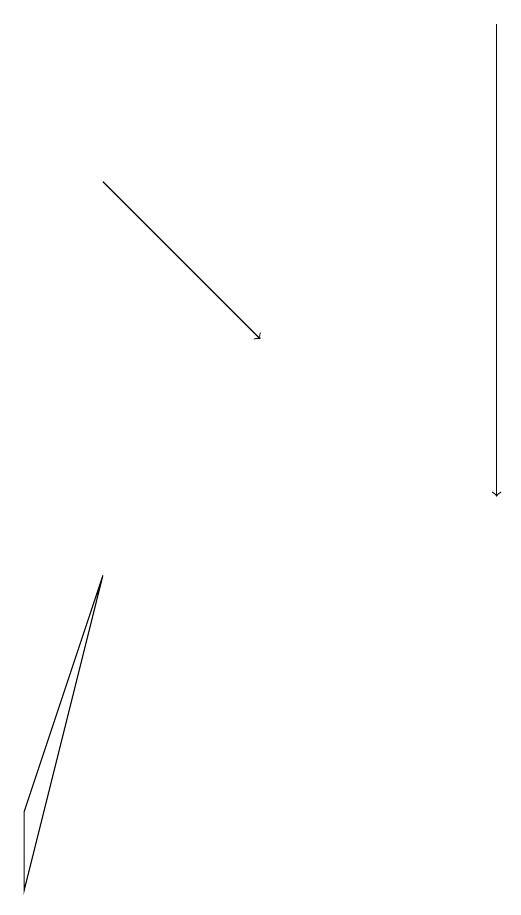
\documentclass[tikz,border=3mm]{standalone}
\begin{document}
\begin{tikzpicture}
\draw[->] (6,16) -- (6,10);
\draw (0,6) -- (1,9) -- (0,5) -- cycle;
\draw[->] (1,14) -- (3,12);
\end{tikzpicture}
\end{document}